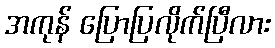
အကုန် ပြောပြလိုက်ပြီလား